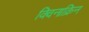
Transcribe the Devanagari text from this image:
क्विनाक्रिन